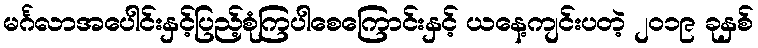
မင်္ဂလာအပေါင်းနှင့်ပြည့်စုံကြပါစေကြောင်းနှင့် ယနေ့ကျင်းပတဲ့ ၂၀၁၉ ခုနှစ်